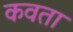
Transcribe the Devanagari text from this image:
कवता